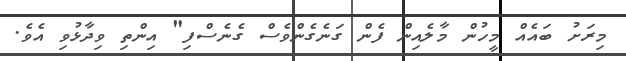
މިރަށު ބައެއް މީހުން މާލެއިން ފެން ގަނެގެންވެސް ގެނެސްފި" އިންތި ވިދާޅުވި އެވެ.